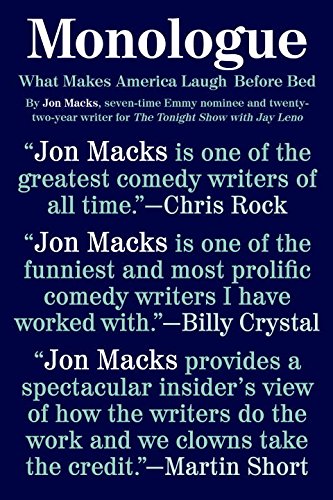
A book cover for Monologue: What Makes America Laugh Before Bed; Jon Macks; Humor & Entertainment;